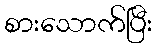
စားသောက်ပြီး